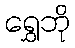
ရွှေဘို